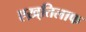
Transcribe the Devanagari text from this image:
एख़्तिलाफ